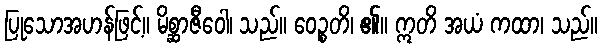
ပြုသောအဟန်ဖြင့်။ မိစ္ဆာဇီဝေါ၊ သည်။ ဝေဉ္စတိ၊ ၏။ ဣတိ အယံ ကထာ၊ သည်။